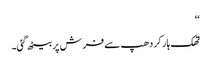
‘‘
تھک ہار کر دھپ سے فرش پر بیٹھ گئی۔